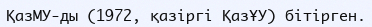
ҚазМУ-ды (1972, қазіргі ҚазҰУ) бітірген.